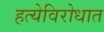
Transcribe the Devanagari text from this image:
हत्येविरोधात